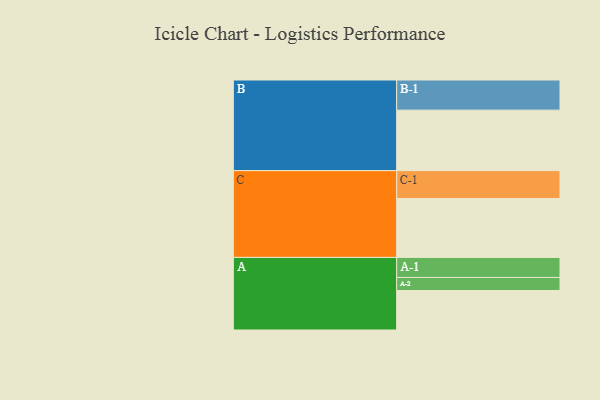
{"axis": {"x": "Segment", "y": "Value"}, "legend": ["", "A", "B", "C"], "data": [{"x": "A", "y": 317, "type": ""}, {"x": "B", "y": 486, "type": ""}, {"x": "C", "y": 473, "type": ""}, {"x": "A-1", "y": 161, "type": "A"}, {"x": "A-2", "y": 105, "type": "A"}, {"x": "B-1", "y": 242, "type": "B"}, {"x": "C-1", "y": 224, "type": "C"}]}